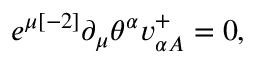
e ^ { \mu { [ - 2 ] } } \partial _ { \mu } \theta ^ { \alpha } v _ { \alpha { A } } ^ { { + } } = 0 ,